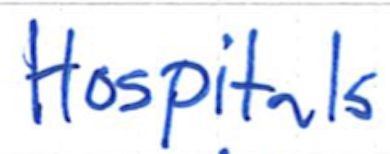
Text: Hospitals
Cross-out: clean
Writing tool: ballpoint